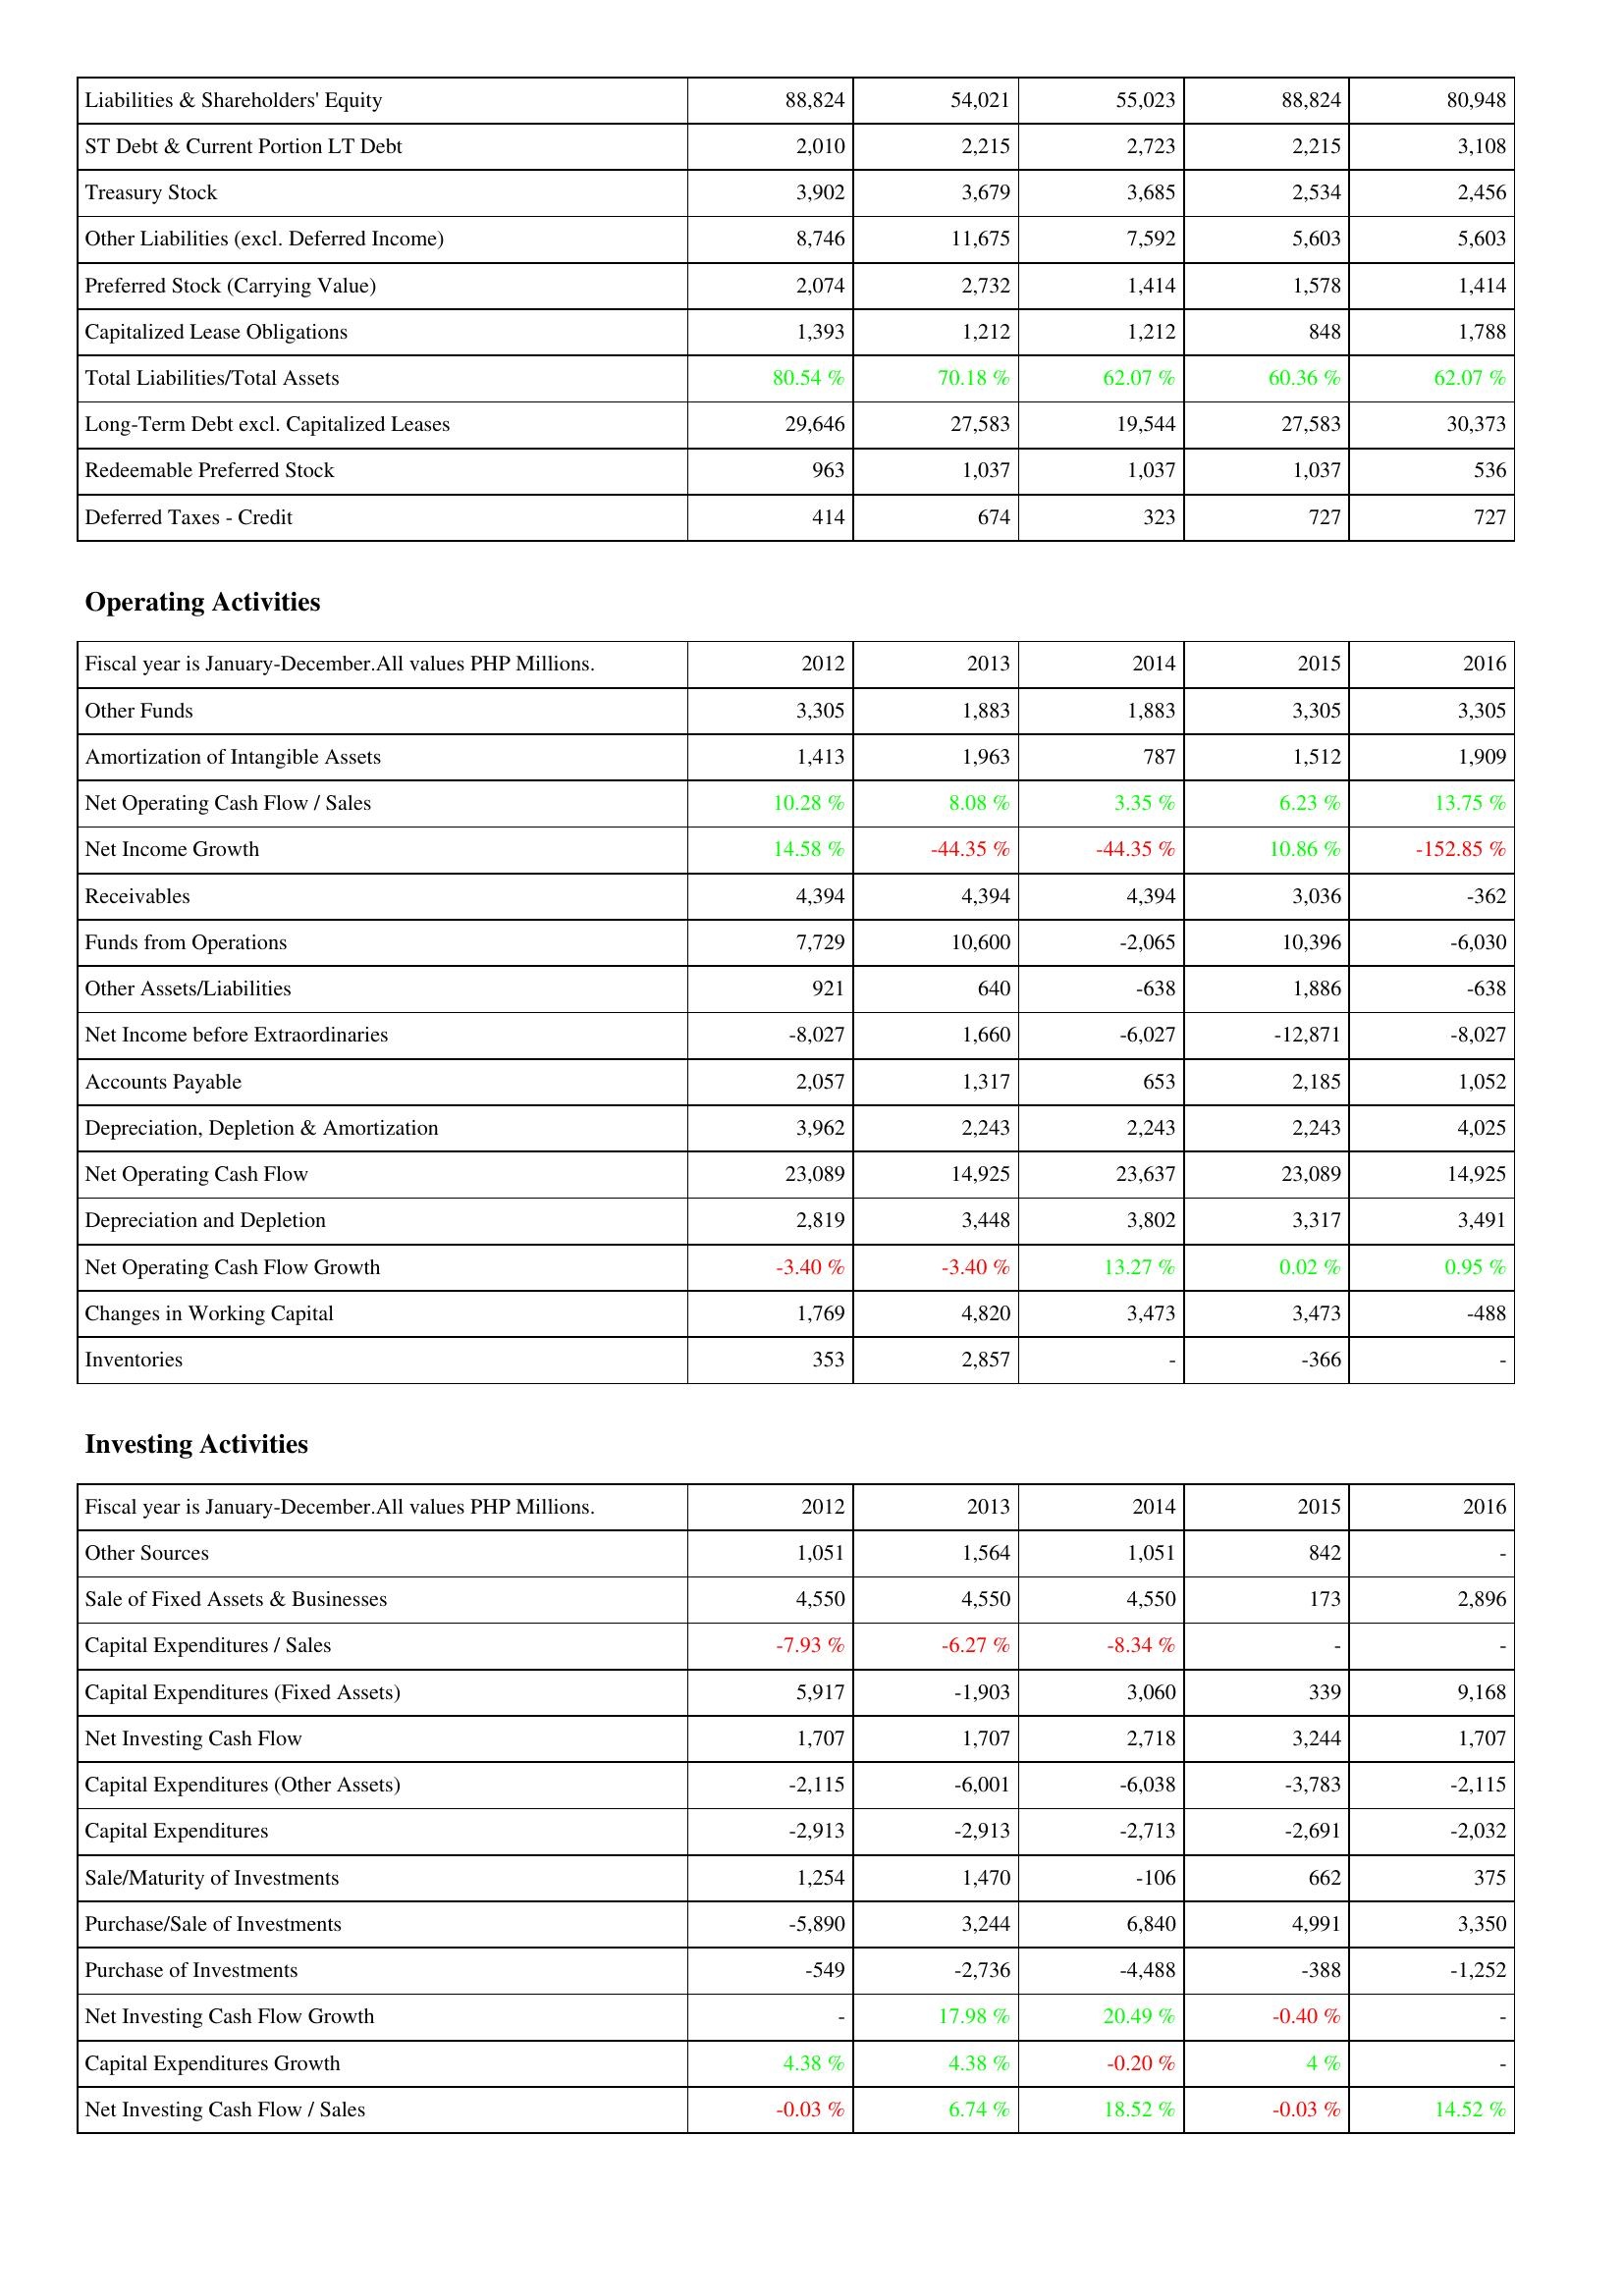
2012: Liabilities & Shareholders' Equity: Liabilities & Shareholders' Equity: 88,824
ST Debt & Current Portion LT Debt: 2,010
Treasury Stock: 3,902
Other Liabilities (excl. Deferred Income): 8,746
Preferred Stock (Carrying Value): 2,074
Capitalized Lease Obligations: 1,393
Total Liabilities/Total Assets: 80.54 %
Long-Term Debt excl. Capitalized Leases: 29,646
Redeemable Preferred Stock: 963
Deferred Taxes - Credit: 414
Operating Activities: Other Funds: 3,305
Amortization of Intangible Assets: 1,413
Net Operating Cash Flow / Sales: 10.28 %
Net Income Growth: 14.58 %
Receivables: 4,394
Funds from Operations: 7,729
Other Assets/Liabilities: 921
Net Income before Extraordinaries: -8,027
Accounts Payable: 2,057
Depreciation, Depletion & Amortization: 3,962
Net Operating Cash Flow: 23,089
Depreciation and Depletion: 2,819
Net Operating Cash Flow Growth: -3.40 %
Changes in Working Capital: 1,769
Inventories: 353
Investing Activities: Other Sources: 1,051
Sale of Fixed Assets & Businesses: 4,550
Capital Expenditures / Sales: -7.93 %
Capital Expenditures (Fixed Assets): 5,917
Net Investing Cash Flow: 1,707
Capital Expenditures (Other Assets): -2,115
Capital Expenditures: -2,913
Sale/Maturity of Investments: 1,254
Purchase/Sale of Investments: -5,890
Purchase of Investments: -549
Net Investing Cash Flow Growth: -
Capital Expenditures Growth: 4.38 %
Net Investing Cash Flow / Sales: -0.03 %
2013: Liabilities & Shareholders' Equity: Liabilities & Shareholders' Equity: 54,021
ST Debt & Current Portion LT Debt: 2,215
Treasury Stock: 3,679
Other Liabilities (excl. Deferred Income): 11,675
Preferred Stock (Carrying Value): 2,732
Capitalized Lease Obligations: 1,212
Total Liabilities/Total Assets: 70.18 %
Long-Term Debt excl. Capitalized Leases: 27,583
Redeemable Preferred Stock: 1,037
Deferred Taxes - Credit: 674
Operating Activities: Other Funds: 1,883
Amortization of Intangible Assets: 1,963
Net Operating Cash Flow / Sales: 8.08 %
Net Income Growth: -44.35 %
Receivables: 4,394
Funds from Operations: 10,600
Other Assets/Liabilities: 640
Net Income before Extraordinaries: 1,660
Accounts Payable: 1,317
Depreciation, Depletion & Amortization: 2,243
Net Operating Cash Flow: 14,925
Depreciation and Depletion: 3,448
Net Operating Cash Flow Growth: -3.40 %
Changes in Working Capital: 4,820
Inventories: 2,857
Investing Activities: Other Sources: 1,564
Sale of Fixed Assets & Businesses: 4,550
Capital Expenditures / Sales: -6.27 %
Capital Expenditures (Fixed Assets): -1,903
Net Investing Cash Flow: 1,707
Capital Expenditures (Other Assets): -6,001
Capital Expenditures: -2,913
Sale/Maturity of Investments: 1,470
Purchase/Sale of Investments: 3,244
Purchase of Investments: -2,736
Net Investing Cash Flow Growth: 17.98 %
Capital Expenditures Growth: 4.38 %
Net Investing Cash Flow / Sales: 6.74 %
2014: Liabilities & Shareholders' Equity: Liabilities & Shareholders' Equity: 55,023
ST Debt & Current Portion LT Debt: 2,723
Treasury Stock: 3,685
Other Liabilities (excl. Deferred Income): 7,592
Preferred Stock (Carrying Value): 1,414
Capitalized Lease Obligations: 1,212
Total Liabilities/Total Assets: 62.07 %
Long-Term Debt excl. Capitalized Leases: 19,544
Redeemable Preferred Stock: 1,037
Deferred Taxes - Credit: 323
Operating Activities: Other Funds: 1,883
Amortization of Intangible Assets: 787
Net Operating Cash Flow / Sales: 3.35 %
Net Income Growth: -44.35 %
Receivables: 4,394
Funds from Operations: -2,065
Other Assets/Liabilities: -638
Net Income before Extraordinaries: -6,027
Accounts Payable: 653
Depreciation, Depletion & Amortization: 2,243
Net Operating Cash Flow: 23,637
Depreciation and Depletion: 3,802
Net Operating Cash Flow Growth: 13.27 %
Changes in Working Capital: 3,473
Inventories: -
Investing Activities: Other Sources: 1,051
Sale of Fixed Assets & Businesses: 4,550
Capital Expenditures / Sales: -8.34 %
Capital Expenditures (Fixed Assets): 3,060
Net Investing Cash Flow: 2,718
Capital Expenditures (Other Assets): -6,038
Capital Expenditures: -2,713
Sale/Maturity of Investments: -106
Purchase/Sale of Investments: 6,840
Purchase of Investments: -4,488
Net Investing Cash Flow Growth: 20.49 %
Capital Expenditures Growth: -0.20 %
Net Investing Cash Flow / Sales: 18.52 %
2015: Liabilities & Shareholders' Equity: Liabilities & Shareholders' Equity: 88,824
ST Debt & Current Portion LT Debt: 2,215
Treasury Stock: 2,534
Other Liabilities (excl. Deferred Income): 5,603
Preferred Stock (Carrying Value): 1,578
Capitalized Lease Obligations: 848
Total Liabilities/Total Assets: 60.36 %
Long-Term Debt excl. Capitalized Leases: 27,583
Redeemable Preferred Stock: 1,037
Deferred Taxes - Credit: 727
Operating Activities: Other Funds: 3,305
Amortization of Intangible Assets: 1,512
Net Operating Cash Flow / Sales: 6.23 %
Net Income Growth: 10.86 %
Receivables: 3,036
Funds from Operations: 10,396
Other Assets/Liabilities: 1,886
Net Income before Extraordinaries: -12,871
Accounts Payable: 2,185
Depreciation, Depletion & Amortization: 2,243
Net Operating Cash Flow: 23,089
Depreciation and Depletion: 3,317
Net Operating Cash Flow Growth: 0.02 %
Changes in Working Capital: 3,473
Inventories: -366
Investing Activities: Other Sources: 842
Sale of Fixed Assets & Businesses: 173
Capital Expenditures / Sales: -
Capital Expenditures (Fixed Assets): 339
Net Investing Cash Flow: 3,244
Capital Expenditures (Other Assets): -3,783
Capital Expenditures: -2,691
Sale/Maturity of Investments: 662
Purchase/Sale of Investments: 4,991
Purchase of Investments: -388
Net Investing Cash Flow Growth: -0.40 %
Capital Expenditures Growth: 4 %
Net Investing Cash Flow / Sales: -0.03 %
2016: Liabilities & Shareholders' Equity: Liabilities & Shareholders' Equity: 80,948
ST Debt & Current Portion LT Debt: 3,108
Treasury Stock: 2,456
Other Liabilities (excl. Deferred Income): 5,603
Preferred Stock (Carrying Value): 1,414
Capitalized Lease Obligations: 1,788
Total Liabilities/Total Assets: 62.07 %
Long-Term Debt excl. Capitalized Leases: 30,373
Redeemable Preferred Stock: 536
Deferred Taxes - Credit: 727
Operating Activities: Other Funds: 3,305
Amortization of Intangible Assets: 1,909
Net Operating Cash Flow / Sales: 13.75 %
Net Income Growth: -152.85 %
Receivables: -362
Funds from Operations: -6,030
Other Assets/Liabilities: -638
Net Income before Extraordinaries: -8,027
Accounts Payable: 1,052
Depreciation, Depletion & Amortization: 4,025
Net Operating Cash Flow: 14,925
Depreciation and Depletion: 3,491
Net Operating Cash Flow Growth: 0.95 %
Changes in Working Capital: -488
Inventories: -
Investing Activities: Other Sources: -
Sale of Fixed Assets & Businesses: 2,896
Capital Expenditures / Sales: -
Capital Expenditures (Fixed Assets): 9,168
Net Investing Cash Flow: 1,707
Capital Expenditures (Other Assets): -2,115
Capital Expenditures: -2,032
Sale/Maturity of Investments: 375
Purchase/Sale of Investments: 3,350
Purchase of Investments: -1,252
Net Investing Cash Flow Growth: -
Capital Expenditures Growth: -
Net Investing Cash Flow / Sales: 14.52 %